Vaccination United Provinces of Agra and Oudh 1923-1928 - 1923-1928
Year: 1923
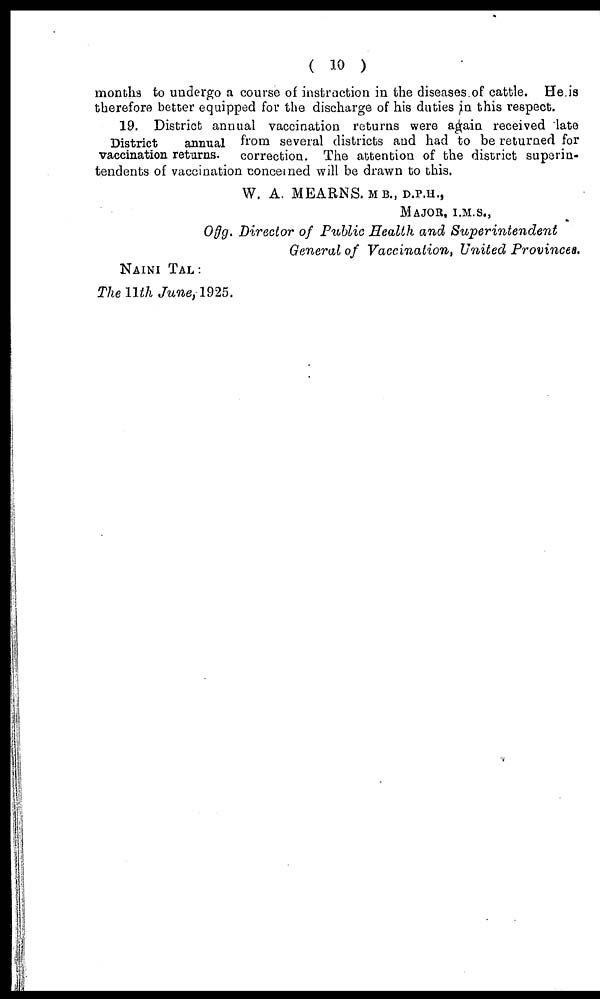
( 10 )
months to undergo a course of instruction in the diseases of cattle. He is
therefore better equipped for the discharge of his duties in this respect.
19. District annual vaccination returns were again received late
District
annual from several districts and had to be returned for
vaccination returns. correction. The attention of the district superin-
tendents of vaccination concerned will be drawn to this.
W. A. MEARNS. M.B., D.P.H.,
MAJOR, I.M.S.,
Offg. Director of Public Health and
Superintendent
General of Vaccination, United Provinces.
NAINI TAL:
The 11th June, 1925.